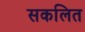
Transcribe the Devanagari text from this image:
सकलित